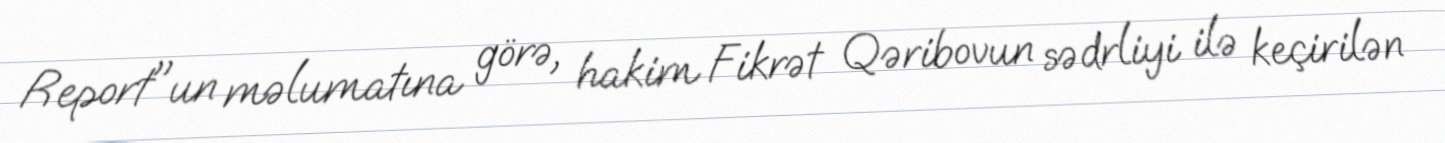
Report"un məlumatına görə, hakim Fikrət Qəribovun sədrliyi ilə keçirilən